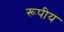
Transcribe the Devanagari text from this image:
रूपीय